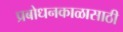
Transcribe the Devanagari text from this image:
प्रबोधनकाळासाठी